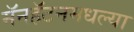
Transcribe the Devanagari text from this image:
मॅनहॅटनमधल्या